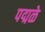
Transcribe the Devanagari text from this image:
पद्मळे